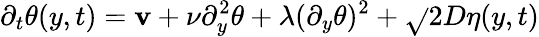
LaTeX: \partial_{t}\theta(y,t)=\mathbf{v}+\nu\partial_{y}^{2}\theta+\lambda(\partial_{y}\theta)^{2}+\sqrt{}{{2D}}\eta(y,t)